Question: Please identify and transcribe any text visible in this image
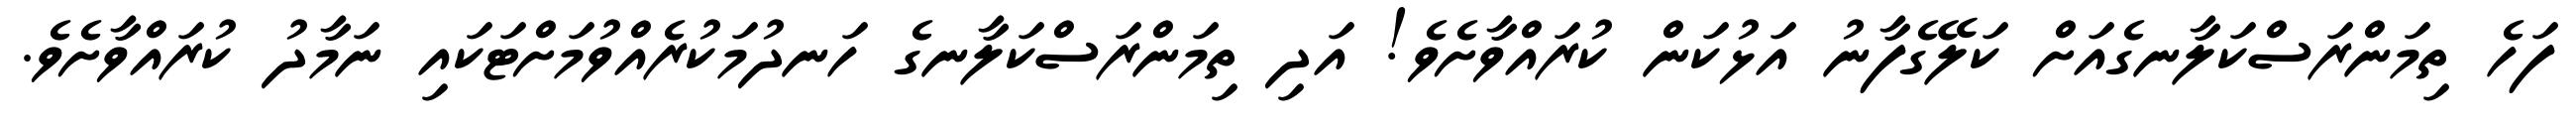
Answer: ފަހެ ތިމަންރަސްކަލާނގެއަށް ކަލޭގެފާނު އަޅުކަން ކުރައްވާށެވެ! އަދި ތިމަންރަސްކަލާނގެ ހަނދުމަކުރެއްވުމަށްޓަކައި ނަމާދު ކުރައްވާށެވެ.